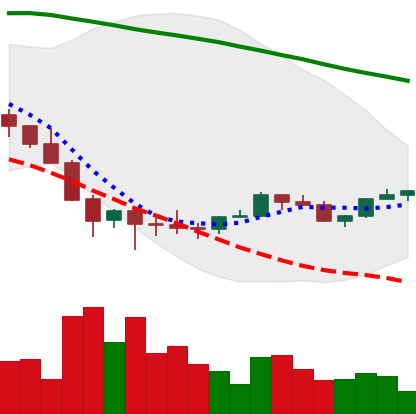
Ticker: LINK-USD
Chart end date: 2022-02-06
Forward return: -10.284%
Label: down_7plus